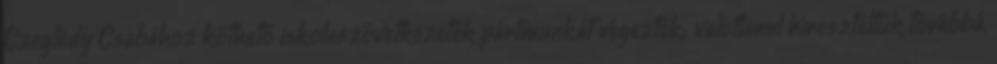
Czeglédy Csabához köthető iskolaszövetkezetek pártmunkát végeztek; valótlanul híreszteltük továbbá,